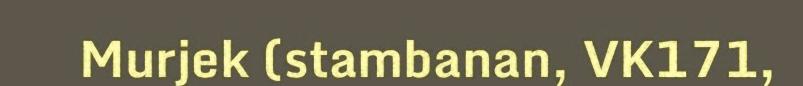
Murjek (stambanan, VK171,